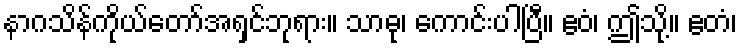
နာဂသိန်ကိုယ်တော်အရှင်ဘုရား။ သာဓု၊ ကောင်းပါပြီ။ ဧဝံ၊ ဤသို့။ ဧတံ၊